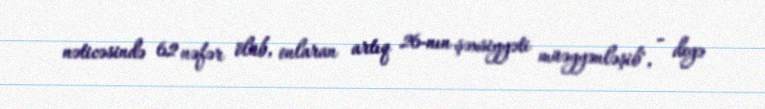
nəticəsində 62 nəfər ölüb, onlaran artıq 26-nın şəxsiyyəti müəyyənləşib", - deyə